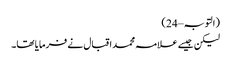
(التوبہ – 24)
لیکن جیسے علامہ محمد اقبال نے فرمایا تھا۔